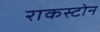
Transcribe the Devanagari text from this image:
राकस्टोन